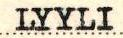
LYYLI